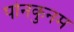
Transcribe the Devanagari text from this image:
पोनकुनम